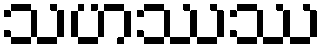
သဟဿဿ